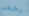
رحمه